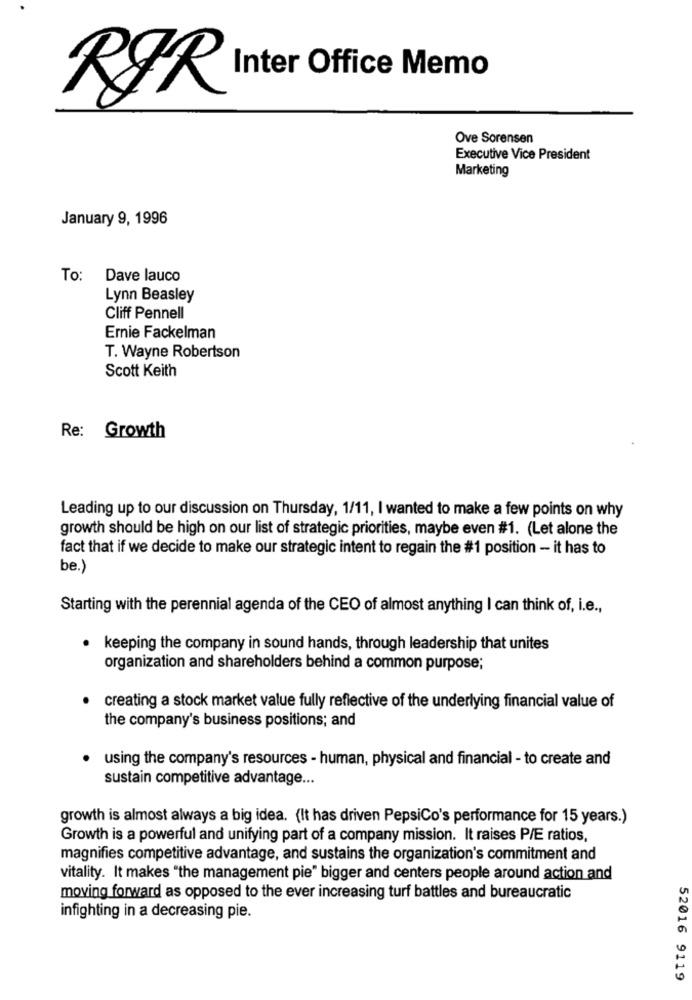
Inter Office Memo
RJR
Ove Sorensen
Executive Vice President
Marketing
January 9, 1996
To:
Dave lauco
Lynn Beasley
Cliff Pennell
Ernie Fackelman
T. Wayne Robertson
Scott Keith
Re: Growth
Leading up to our discussion on Thursday, 1/11, I wanted to make a few points on why
growth should be high on our list of strategic priorities, maybe even #1. (Let alone the
fact that if we decide to make our strategic intent to regain the #1 position - it has to
be.)
Starting with the perennial agenda of the CEO of almost anything I can think of, i.e .,
keeping the company in sound hands, through leadership that unites
organization and shareholders behind a common purpose;
creating a stock market value fully reflective of the underlying financial value of
the company's business positions; and
using the company's resources - human, physical and financial - to create and
sustain competitive advantage ...
growth is almost always a big idea. (It has driven PepsiCo's performance for 15 years.)
Growth is a powerful and unifying part of a company mission. It raises P/E ratios,
magnifies competitive advantage, and sustains the organization's commitment and
vitality. It makes "the management pie" bigger and centers people around action and
moving forward as opposed to the ever increasing turf battles and bureaucratic
infighting in a decreasing pie.
52016 9119